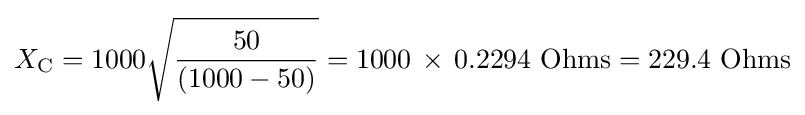
X_{\text{C}}=1000{\sqrt {\frac {50}{(1000-50)}}}=1000\,\times \,0.2294\ {\text{Ohms}}=229.4\ {\text{Ohms}}